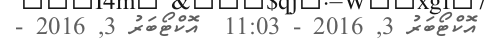
އޮކްޓޯބަރު 3